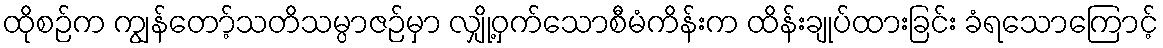
ထိုစဉ်က ကျွန်တော့်သတိသမ္ပာဇဉ်မှာ လျှို့ဝှက်သောစီမံကိန်းက ထိန်းချုပ်ထားခြင်း ခံရသောကြောင့်